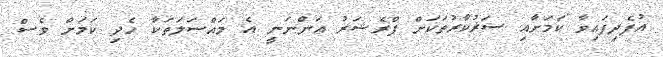
އުފެދިފައިވާ ކަމަށާއި ސަރުކާރުތަކަށް ޕްރެޝަރު އަންނަނީ އެ މައްސަލަތަކާ ހެދި ކަމަށް ވެސް